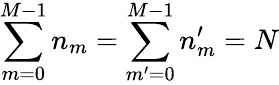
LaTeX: \sum_{m=0}^{M-1}n_{m}=\sum_{m^{\prime}=0}^{M-1}n_{m}^{\prime}=N